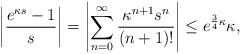
\begin{align*} \left| \frac{e^{\kappa s}-1}{s} \right| &= \left| \sum_{n=0}^\infty \frac{\kappa^{n+1}s^n}{(n+1)!} \right| \leq e^{\frac{3}{4}\kappa}\kappa,\end{align*}